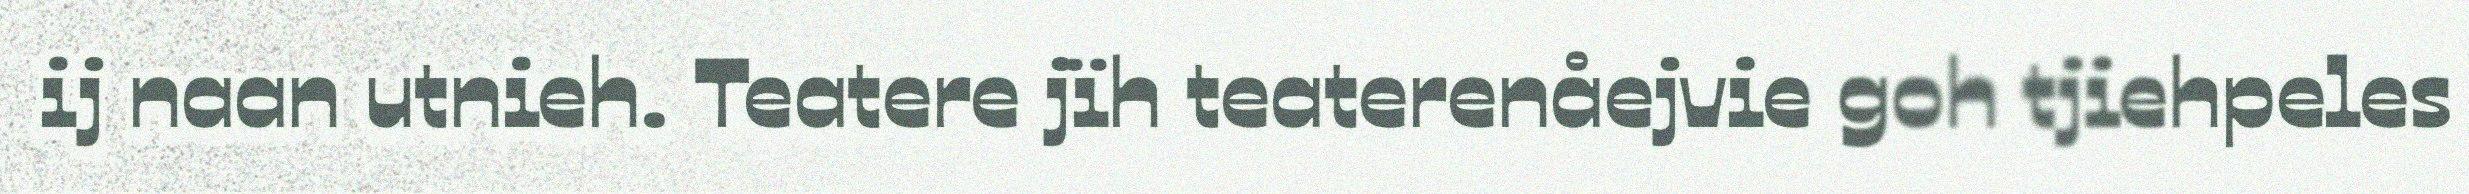
ij naan utnieh. Teatere jïh teaterenåejvie goh tjiehpeles